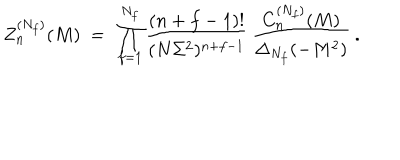
LaTeX: Z _ { n } ^ { ( N _ { f } ) } ( M ) \ = \ \prod _ { f = 1 } ^ { N _ { f } } \frac { ( n + f - 1 ) ! } { ( N \Sigma ^ { 2 } ) ^ { n + f - 1 } } \, \frac { C _ { n } ^ { ( N _ { f } ) } ( M ) } { \Delta _ { N _ { f } } ( - M ^ { 2 } ) } \: .